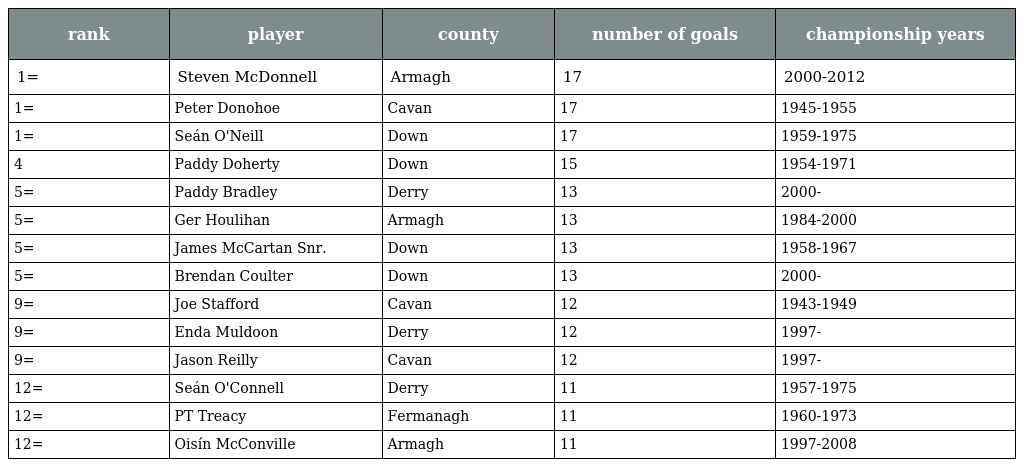
| rank | player | county | number of goals | championship years |
 | --- | --- | --- | --- | --- |
 | 1= | Steven McDonnell | Armagh | 17 | 2000-2012 |
 | 1= | Peter Donohoe | Cavan | 17 | 1945-1955 |
 | 1= | Seán O'Neill | Down | 17 | 1959-1975 |
 | 4 | Paddy Doherty | Down | 15 | 1954-1971 |
 | 5= | Paddy Bradley | Derry | 13 | 2000- |
 | 5= | Ger Houlihan | Armagh | 13 | 1984-2000 |
 | 5= | James McCartan Snr. | Down | 13 | 1958-1967 |
 | 5= | Brendan Coulter | Down | 13 | 2000- |
 | 9= | Joe Stafford | Cavan | 12 | 1943-1949 |
 | 9= | Enda Muldoon | Derry | 12 | 1997- |
 | 9= | Jason Reilly | Cavan | 12 | 1997- |
 | 12= | Seán O'Connell | Derry | 11 | 1957-1975 |
 | 12= | PT Treacy | Fermanagh | 11 | 1960-1973 |
 | 12= | Oisín McConville | Armagh | 11 | 1997-2008 |